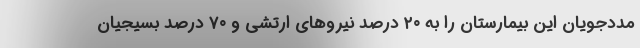
مددجویان این بیمارستان را به ۲۰ درصد نیروهای ارتشی و ۷۰ درصد بسیجیان